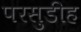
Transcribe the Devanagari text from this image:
परसुडीह